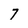
Character: 7